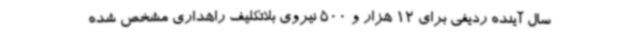
سال آینده ردیفی برای 12 هزار و 500 نیروی بلاتکلیف راهداری مشخص شده